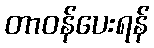
တာဝန်ပေးရန်